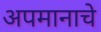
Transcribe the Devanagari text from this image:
अपमानाचे